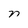
Character: n